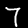
Label: 7